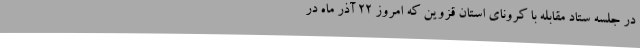
در جلسه ستاد مقابله با کرونای استان قزوین که امروز 22 آذر ماه در